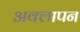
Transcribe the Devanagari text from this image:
अक्लापन